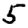
Digit: 5